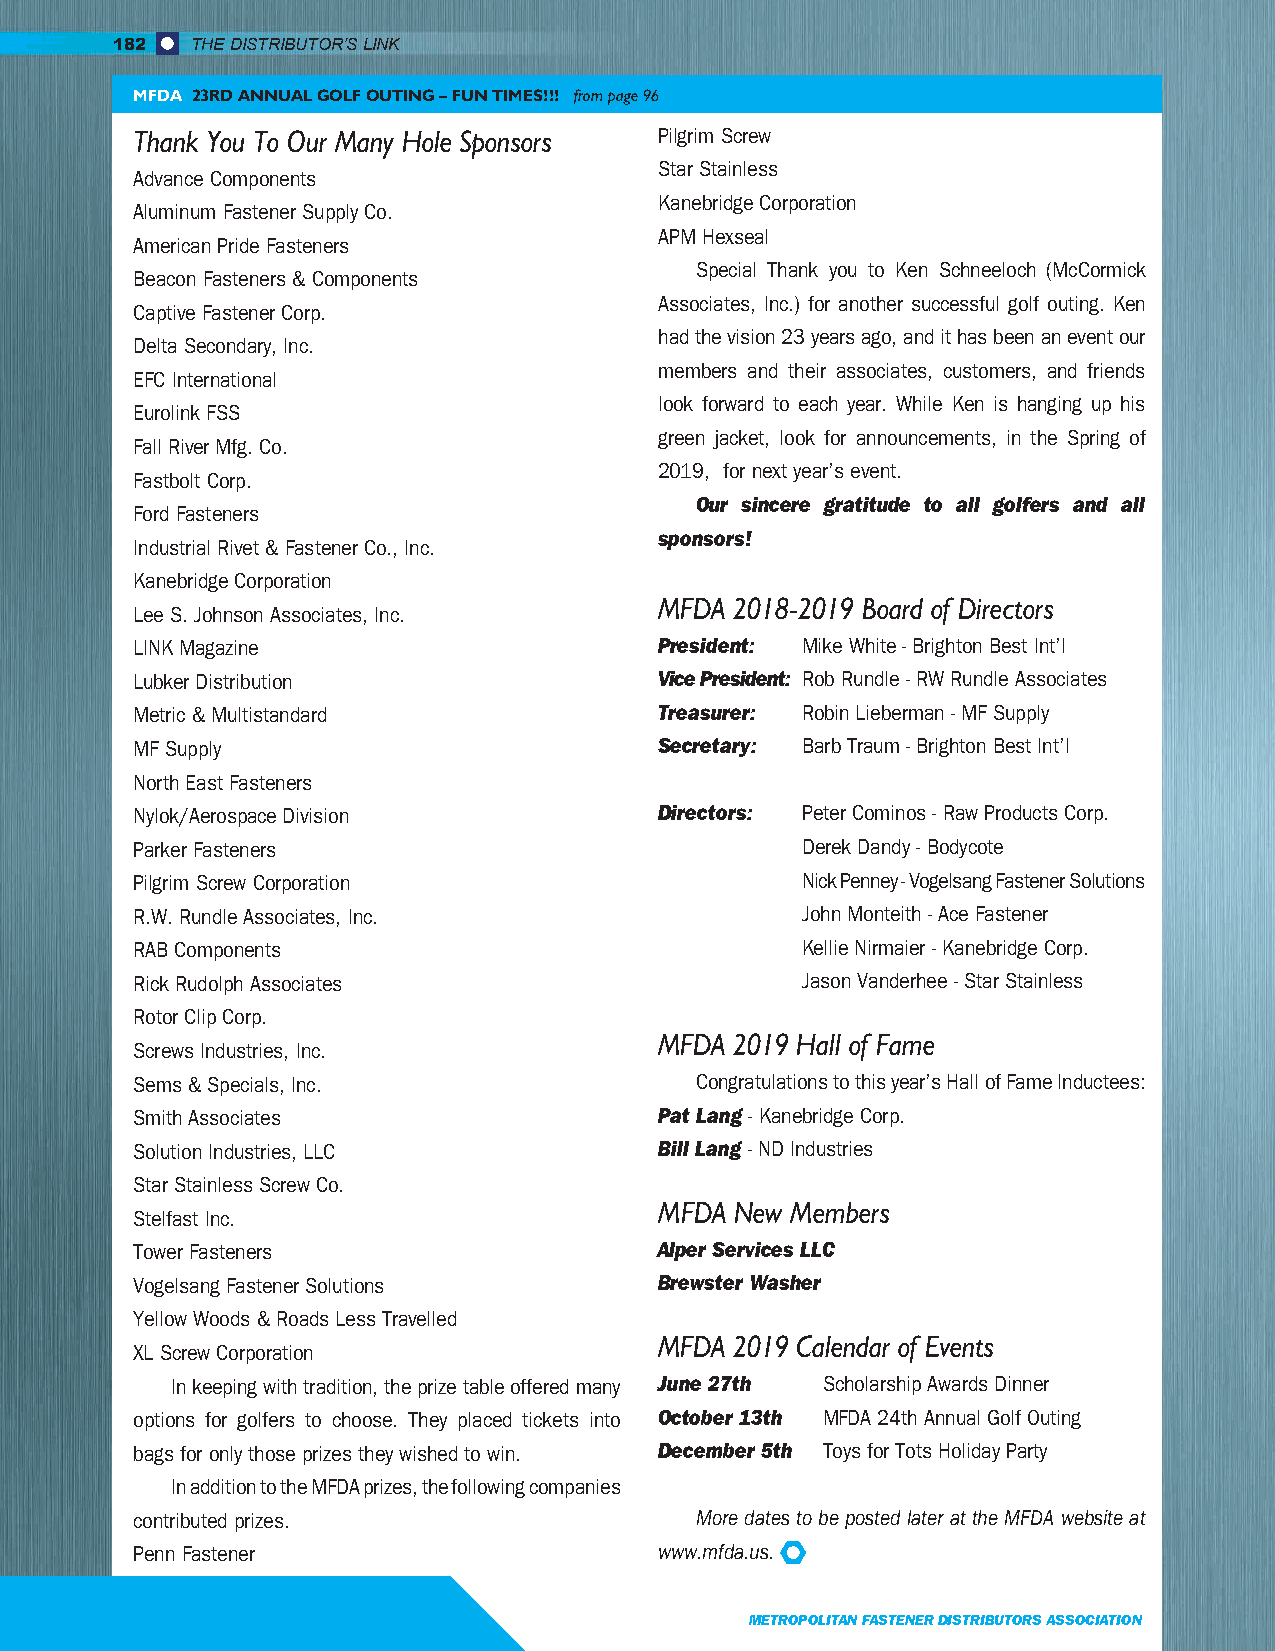
182   THE DISTRIBUTOR’S LINK
 MFDA 23RD ANNUAL GOLF OUTING – FUN TIMES!!! from page 96
 Thank You To Our Many Hole Sponsors Pilgrim Screw
 Star Stainless
 Advance Components
 Kanebridge Corporation
 Aluminum Fastener Supply Co.
 APM Hexseal
 American Pride Fasteners
 Special Thank you to Ken Schneeloch (McCormick
 Beacon Fasteners & Components
 Associates, Inc.) for another successful golf outing. Ken
 Captive Fastener Corp.
 had the vision 23 years ago, and it has been an event our
 Delta Secondary, Inc.
 members and their associates, customers, and friends
 EFC International
 look forward to each year. While Ken is hanging up his
 Eurolink FSS
 green jacket, look for announcements, in the Spring of
 Fall River Mfg. Co.
 2019, for next year’s event.
 Fastbolt Corp.
 Our sincere gratitude to all golfers and all
 Ford Fasteners
 sponsors!
 Industrial Rivet & Fastener Co., Inc.
 Kanebridge Corporation
 MFDA 2018-2019 Board of Directors
 Lee S. Johnson Associates, Inc.
 LINK Magazine                      President: Mike White - Brighton Best Int’l
 Lubker Distribution                Vice President: Rob Rundle - RW Rundle Associates
 Metric & Multistandard             Treasurer: Robin Lieberman - MF Supply
 MF Supply                          Secretary: Barb Traum - Brighton Best Int’l
 North East Fasteners
 Nylok/Aerospace Division           Directors: Peter Cominos - Raw Products Corp.
 Parker Fasteners                            Derek Dandy - Bodycote
 Pilgrim Screw Corporation                   Nick Penney - Vogelsang Fastener Solutions
 R.W. Rundle Associates, Inc.                John Monteith - Ace Fastener
 RAB Components                              Kellie Nirmaier - Kanebridge Corp.
 Rick Rudolph Associates                     Jason Vanderhee - Star Stainless
 Rotor Clip Corp.
 MFDA 2019 Hall of Fame
 Screws Industries, Inc.
 Sems & Specials, Inc.                Congratulations to this year’s Hall of Fame Inductees:
 Smith Associates                   Pat Lang - Kanebridge Corp.
 Solution Industries, LLC           Bill Lang - ND Industries
 Star Stainless Screw Co.
 MFDA New Members
 Stelfast Inc.
 Tower Fasteners                    Alper Services LLC
 Vogelsang Fastener Solutions       Brewster Washer
 Yellow Woods & Roads Less Travelled
 MFDA 2019 Calendar of Events
 XL Screw Corporation
 In keeping with tradition, the prize table offered many June 27th Scholarship Awards Dinner
 options for golfers to choose. They placed tickets into October 13th MFDA 24th Annual Golf Outing
 bags for only those prizes they wished to win. December 5th Toys for Tots Holiday Party
 In addition to the MFDA prizes, the following companies
 contributed prizes.                  More dates to be posted later at the MFDA website at
 Penn Fastener                      www.mfda.us.
 METROPOLITAN FASTENER DISTRIBUTORS ASSOCIATION